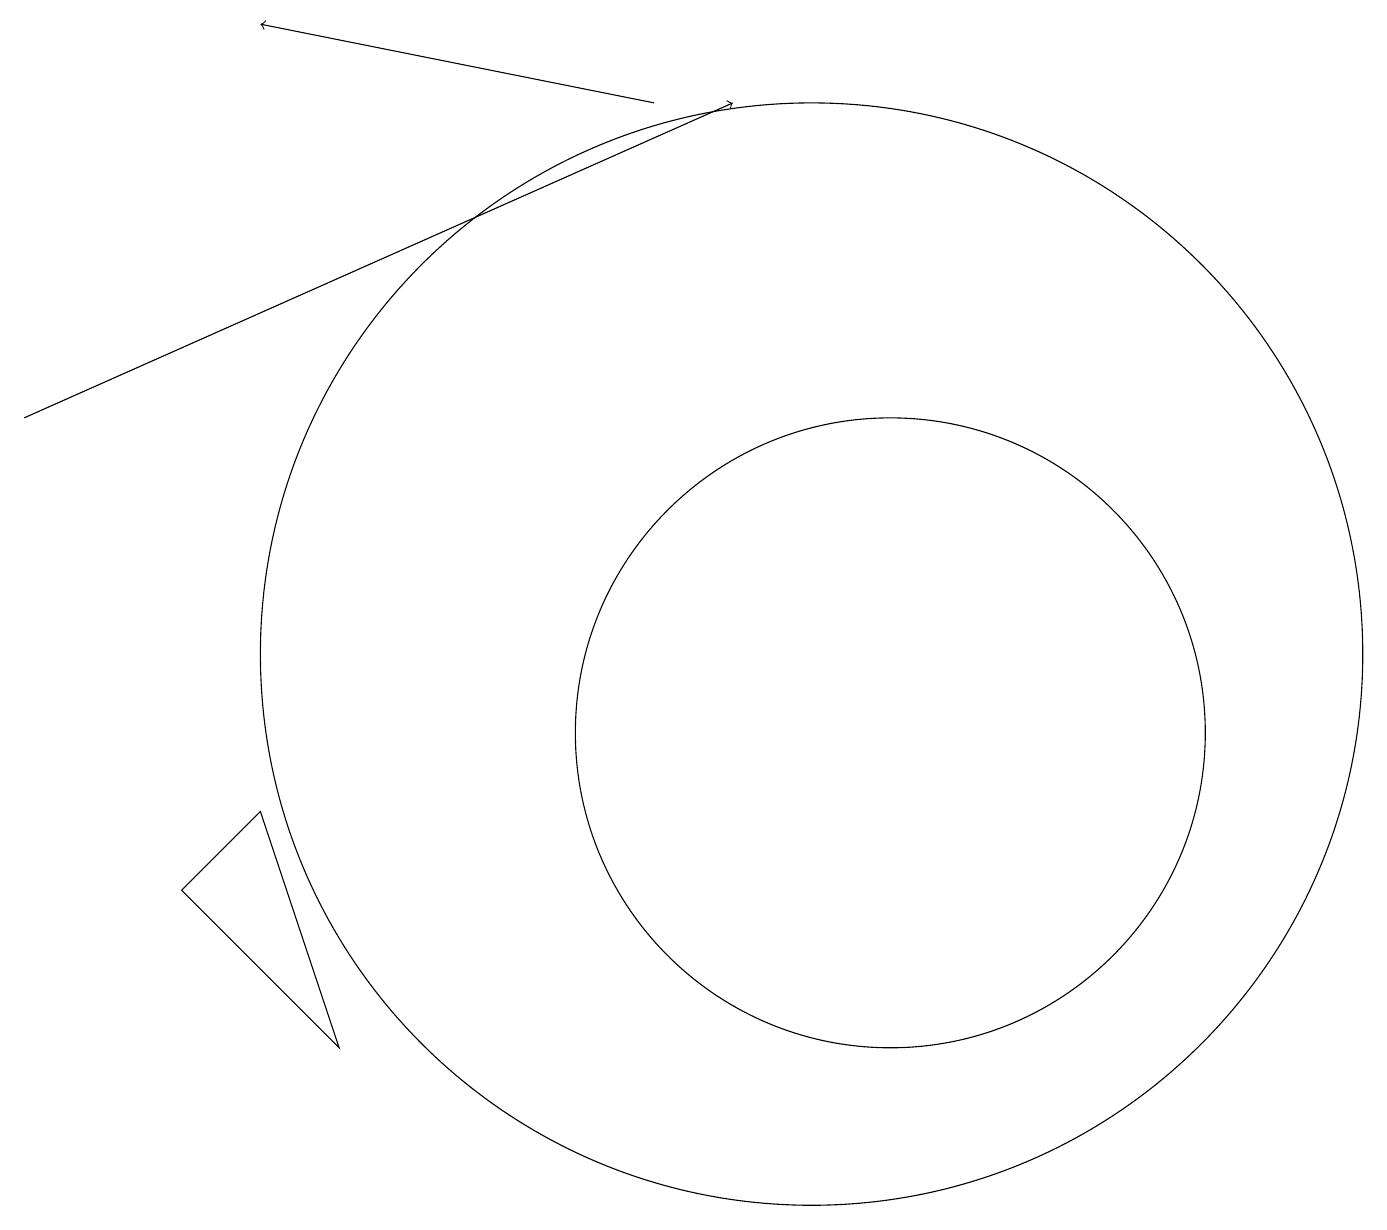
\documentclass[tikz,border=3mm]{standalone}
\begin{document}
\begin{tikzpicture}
\draw[->] (0,14) -- (9,18);
\draw (11,10) circle (4);
\draw[->] (8,18) -- (3,19);
\draw (10,11) circle (7);
\draw (3,9) -- (4,6) -- (2,8) -- cycle;
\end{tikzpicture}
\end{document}